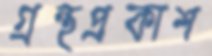
গ্রন্থপ্রকাশ